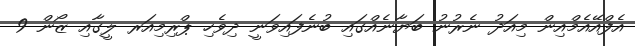
އެފްއޭއެމްއިން މިއަދު ނެރުނު ބަޔާނެއްގައި ބުނެފައިވަނީ ދިވެހި ޕްރިމިއަރ ލީގާއި ޒޯން 9